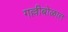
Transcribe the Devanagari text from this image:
गल्लीबोळात